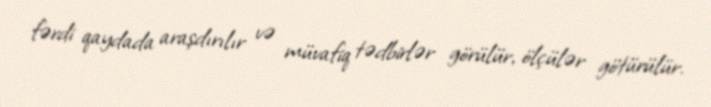
fərdi qaydada araşdırılır və müvafiq tədbirlər görülür, ölçülər götürülür.